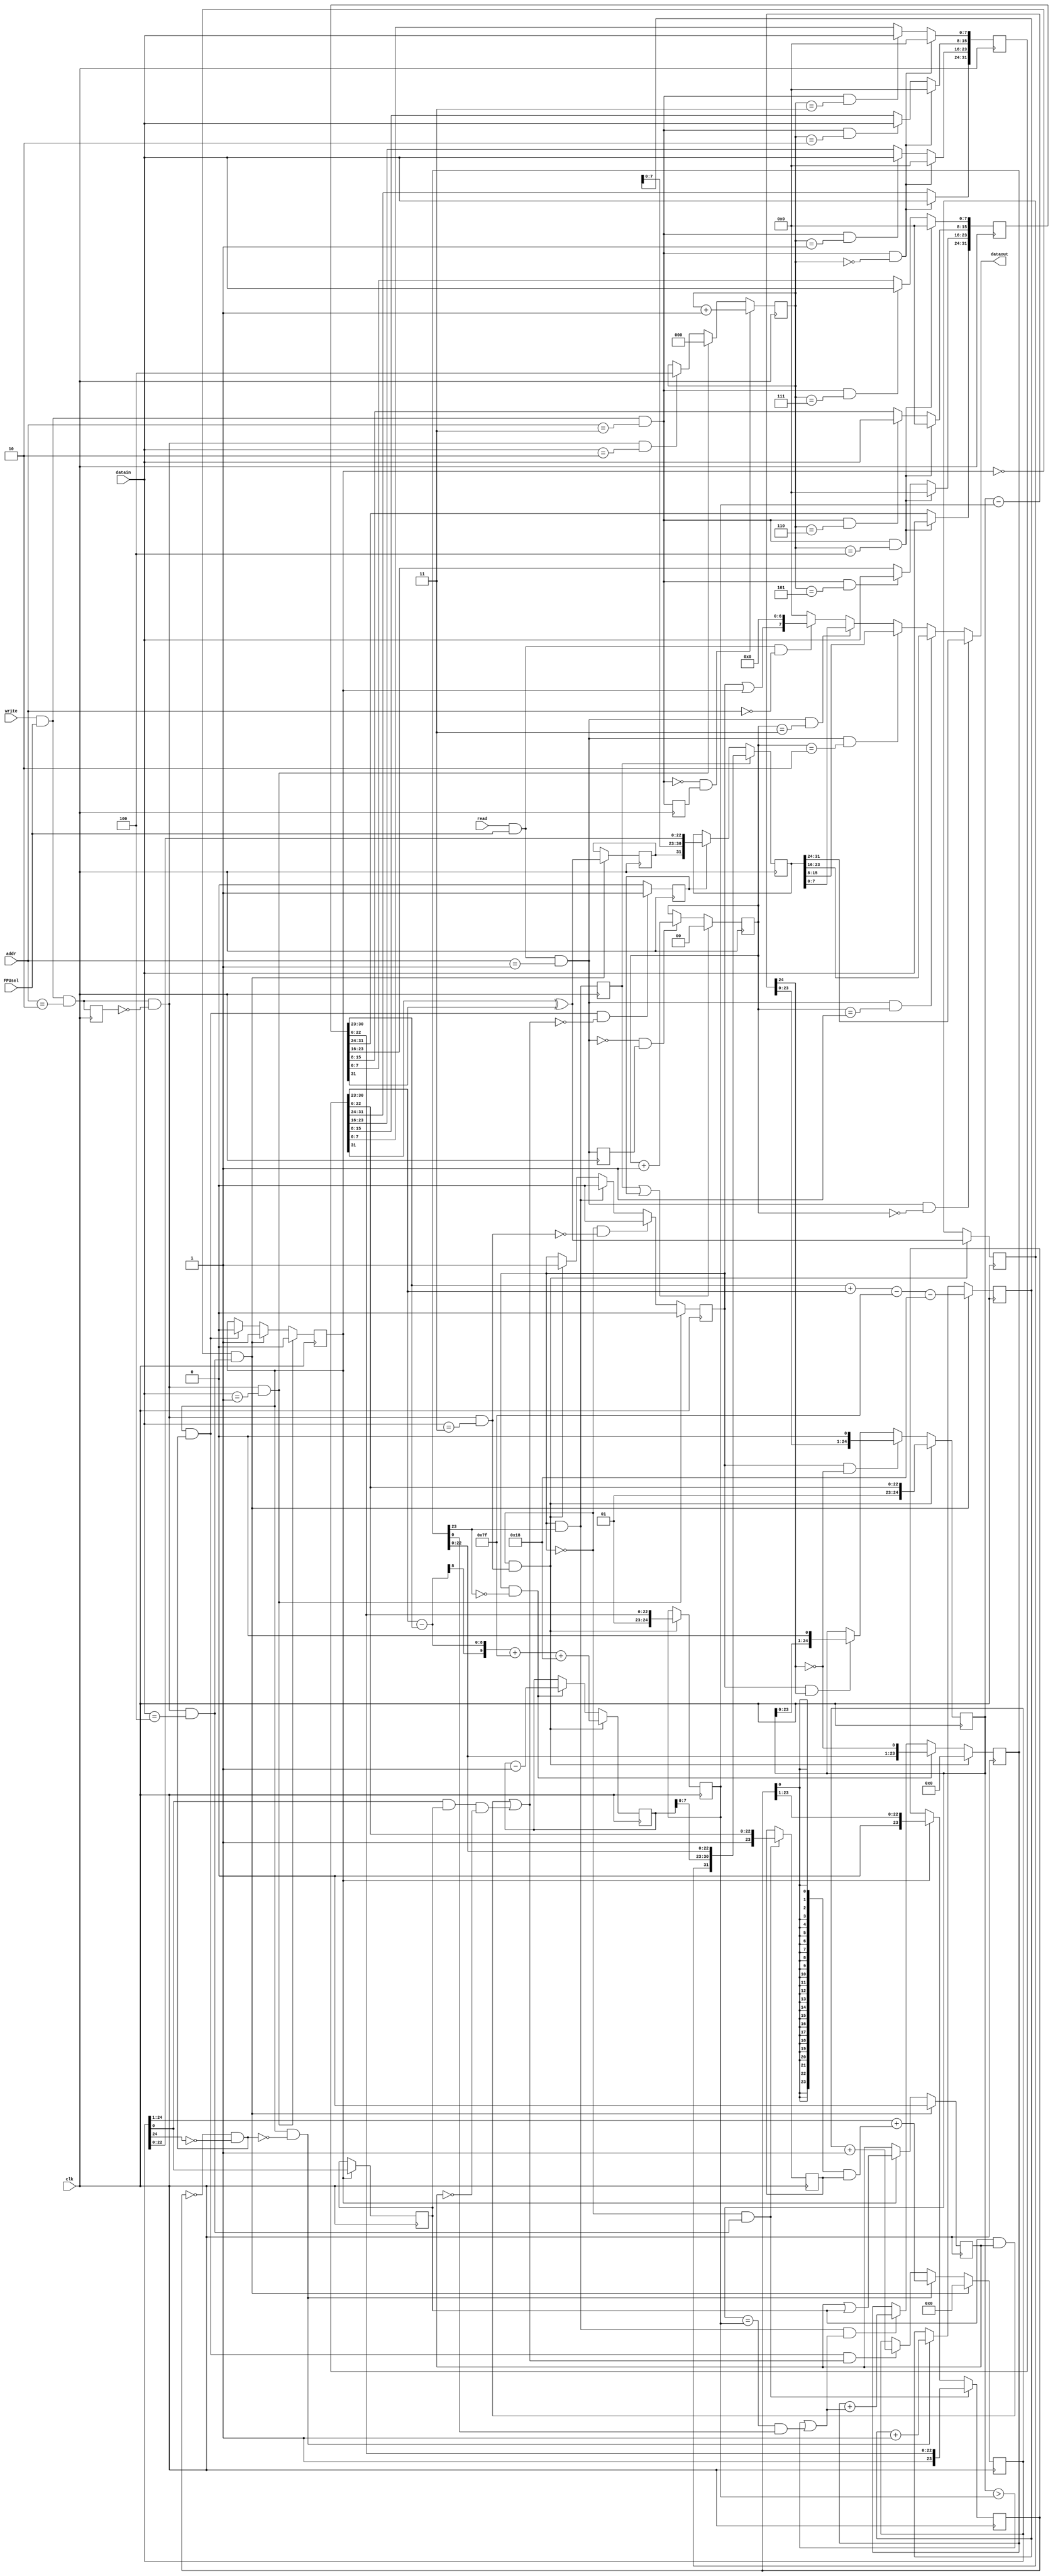
// starter file for the FPU.  It handles all the reading of and writing to registers
module fpu(clk, datain, dataout, FPUsel, addr, read, write);
input clk, FPUsel, read, write;
input [7:0] datain; // command or value being sent to the FPU
                    // commands are 1 Set Y as next value
                    //              2 Set X as next value
                    //              3 Perform division
                    //              4 Perform multiplication
input [1:0] addr;   // status read 00, result read 01, command write 10, value write 11
output [7:0] dataout;  // result being read from the FPU
reg [2:0] inloc;    // index in the YX set for next incoming value
reg [1:0] outloc;   // index in the Res reg for next result out (on read)
reg [31:0] Y,X,Res;
reg prevreadval, prevwritecmd, prevwriteval;
wire readval, readstatus, writecmd, writeval;
wire readvalnegedge, writecmdposedge, writevalnegedge;
assign readstatus = read & FPUsel & (addr==0);
assign readval = read & FPUsel & (addr==1);
assign writecmd = write & FPUsel & (addr==2);
assign writeval = write & FPUsel & (addr==3);

// Division wires, registers, vectors
wire Done, Rneed, Wait, Step, Start, Neg;
reg S, DivDone, DivState;
wire [24:0] AmB;
reg [9:0] E;
reg [24:0] A, B;
reg [23:0] Q;

// Multiplication wires, registers, vectors
wire mDone, mRneed, mWait, mStep, mShift, mStart, Sneed;
reg mS, MulDone, MulState, Round, SBit;
reg [9:0] mE;
reg [23:0] mA, mB;
reg [24:0] P;

always @(posedge clk)
   begin
      prevreadval <= readval;
      prevwritecmd <= writecmd;
      prevwriteval <= writeval;
      inloc <= writevalnegedge ? inloc+1 : writecmdposedge&datain==1 ? 0 
		: writecmdposedge&datain==2 ? 4 : inloc;
      outloc <= DivDone | MulDone ? 0 : readvalnegedge ? outloc+1 : outloc;
      Y[31:24] <= writeval&inloc==0 ? datain : Y[31:24];
      Y[23:16] <= writeval&inloc==0 ? 0 : writeval&inloc==1 ? datain : Y[23:16];
      Y[15:8] <= writeval&inloc==0 ? 0 : writeval&inloc==2 ? datain : Y[15:8];
      Y[7:0] <= writeval&inloc==0 ? 0 : writeval&inloc==3 ? datain : Y[7:0];
      X[31:24] <= writeval&inloc==4 ? datain : X[31:24];
      X[23:16] <= writeval&inloc==4 ? 0 : writeval&inloc==5 ? datain : X[23:16];
      X[15:8] <= writeval&inloc==4 ? 0 : writeval&inloc==6 ? datain : X[15:8];
      X[7:0] <= writeval&inloc==4 ? 0 : writeval&inloc==7 ? datain : X[7:0];
      Res <= DivDone ? {S, E[7:0], Q[22:0]} : MulDone ? {mS, mE[7:0], P[22:0]} : Res;
   end
    
assign dataout = readval&outloc==0 ? Res[31:24]
               : readval&outloc==1 ? Res[23:16]
               : readval&outloc==2 ? Res[15:8]
               : readval&outloc==3 ? Res[7:0]
               : readstatus ? {~Wait|~mWait,7'd0}  // msb is a FPU busy bit
               : 0;
// we want to react to each cmd immediately, but only once so need a pos edge
assign writecmdposedge = writecmd & ~prevwritecmd; // pos edge
// we need to advance the result index at end of a reading a value so need neg edge
assign readvalnegedge = ~readval & prevreadval;    // neg edge
// we need to advance the XY index at end of a write value so need neg edge
assign writevalnegedge = ~writeval & prevwriteval; // neg edge

// FP Divide section
// student needs to declare Done, Rneed, Wait, Step, Start, Neg
//                          A, B, AmB, E, Q, S, DivDone, DivState
// some are wires others regs, some scalars others vectors
assign Wait = ~DivState;
assign Step = DivState;
assign Start = writecmdposedge&datain==3;
always @(posedge clk)
   begin
      DivState <= writecmdposedge&datain==1 ? 0 : Wait&!Start ? 0 
		: Step&Done ? 0 : Wait&Start ? 1 : DivState;
      S <= Wait&Start ? Y[31] ^ X[31] : S;
      A <= Wait&Start ? {1'b0, 1'b1, Y[22:0]} : Step&!Neg ? {AmB[23:0], 1'b0} 
	: Step&Neg ? {A[23:0], 1'b0} : A; // CHECK THIS
      B <= Wait&Start ? {1'b0, 1'b1, X[22:0]} : B;
      E <= Wait&Start ? Y[30:23] - X[30:23] + 127 + 24 : Step&!Done ? E - 1 : E; 
      Q <= Wait&Start ? 0 : Step&!Done ? {Q[22:0], !Neg} 
	: Step&Done&Rneed ? Q+Rneed : Q;
      DivDone <= Step&Done;
    end
assign Done = Q[23];
assign AmB = A - B;
assign Neg = AmB[24];
assign Rneed = (A>B) | (A==B)&Q[0];


// FP Multiply section
// Even though several Vectors are 1-bit different in size than the Divide, it would
//    be possible to share them.  However, I think the benefit of keeping them separate
//    far outweighs any savings.  Therefore, below I have placed an m in front of any
//    variable named the same in my multiply and divide write-ups.
// student needs to declare mDone, mRneed, mWait, mStep, mShift, mStart, Sneed,
//                          mA, mB, mE, P, mS, MulDone, MulState, Round, SBit
// some are wires others regs, some scalors others vectors

assign mWait = MulState == 0;
assign mStep =  MulState == 1;
assign mShift = MulState == 2;
assign mStart = writecmdposedge&datain==4;
always @(posedge clk)
   begin
      MulState <= writecmdposedge&datain==1 ? 0 : mWait&mStart ? 1 
		: mStep&mDone ? mRneed ? 2 : 0 : mShift ? 0 : MulState;
      mS <= mWait&mStart ? Y[31] ^ X[31] : mS; 
      mA <= Wait&mStart ? {1'b1, X[22:0]} : mStep ? {1'b0, mA[23:1]} : mA; 
      mB <= Wait&mStart ? {1'b1, Y[22:0]} : mB;
      mE <= mWait&mStart ? X[30:23] + Y[30:23] - 127 - 24 : mStep&!mDone ? mE + 1 
	: mShift&Sneed ? mE + 1 : mE;  // 24 is the # of bits of mA 
      P <= mWait&mStart ? 0 : mStep&!mDone ? {1'b0, P[24:1]} + {1'b0, {24{mA[0]}}&mB} 
	: mStep&mDone&mRneed ? P + 1 : mShift&Sneed ? {1'b0, P[24:1]} : P; 
      MulDone <= mStep&mDone&!mRneed ? 1 : mShift ? 1 : 0;
      Round <= mStep ? P[0] : Round;
      SBit <= mWait&mStart ? 0 : mStep ? (SBit | Round) : SBit; 
   end
assign mDone = (mA==0)&~P[24];
assign mRneed = Round&SBit | P[0]&Round&~SBit;
assign Sneed = P[24];
endmodule